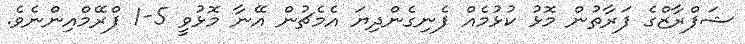
ޝަފްރާޒްގެ ފަރާތުން މޮޅު ކުޅުމެއް ފެނިގެންދިޔަ އެމެޗުން އޭނާ މޮޅުވީ 5-1 ފްރޭމްއިންނެވެ.